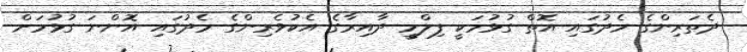
ދެތަރިންގެ މެދުގައި އޮތް ގުޅުމަކީ ފިލްމީ ދާއިރާގެ އެކުވެރިންގެ މެދުގައި އޮންނަ ގުޅުމަށް